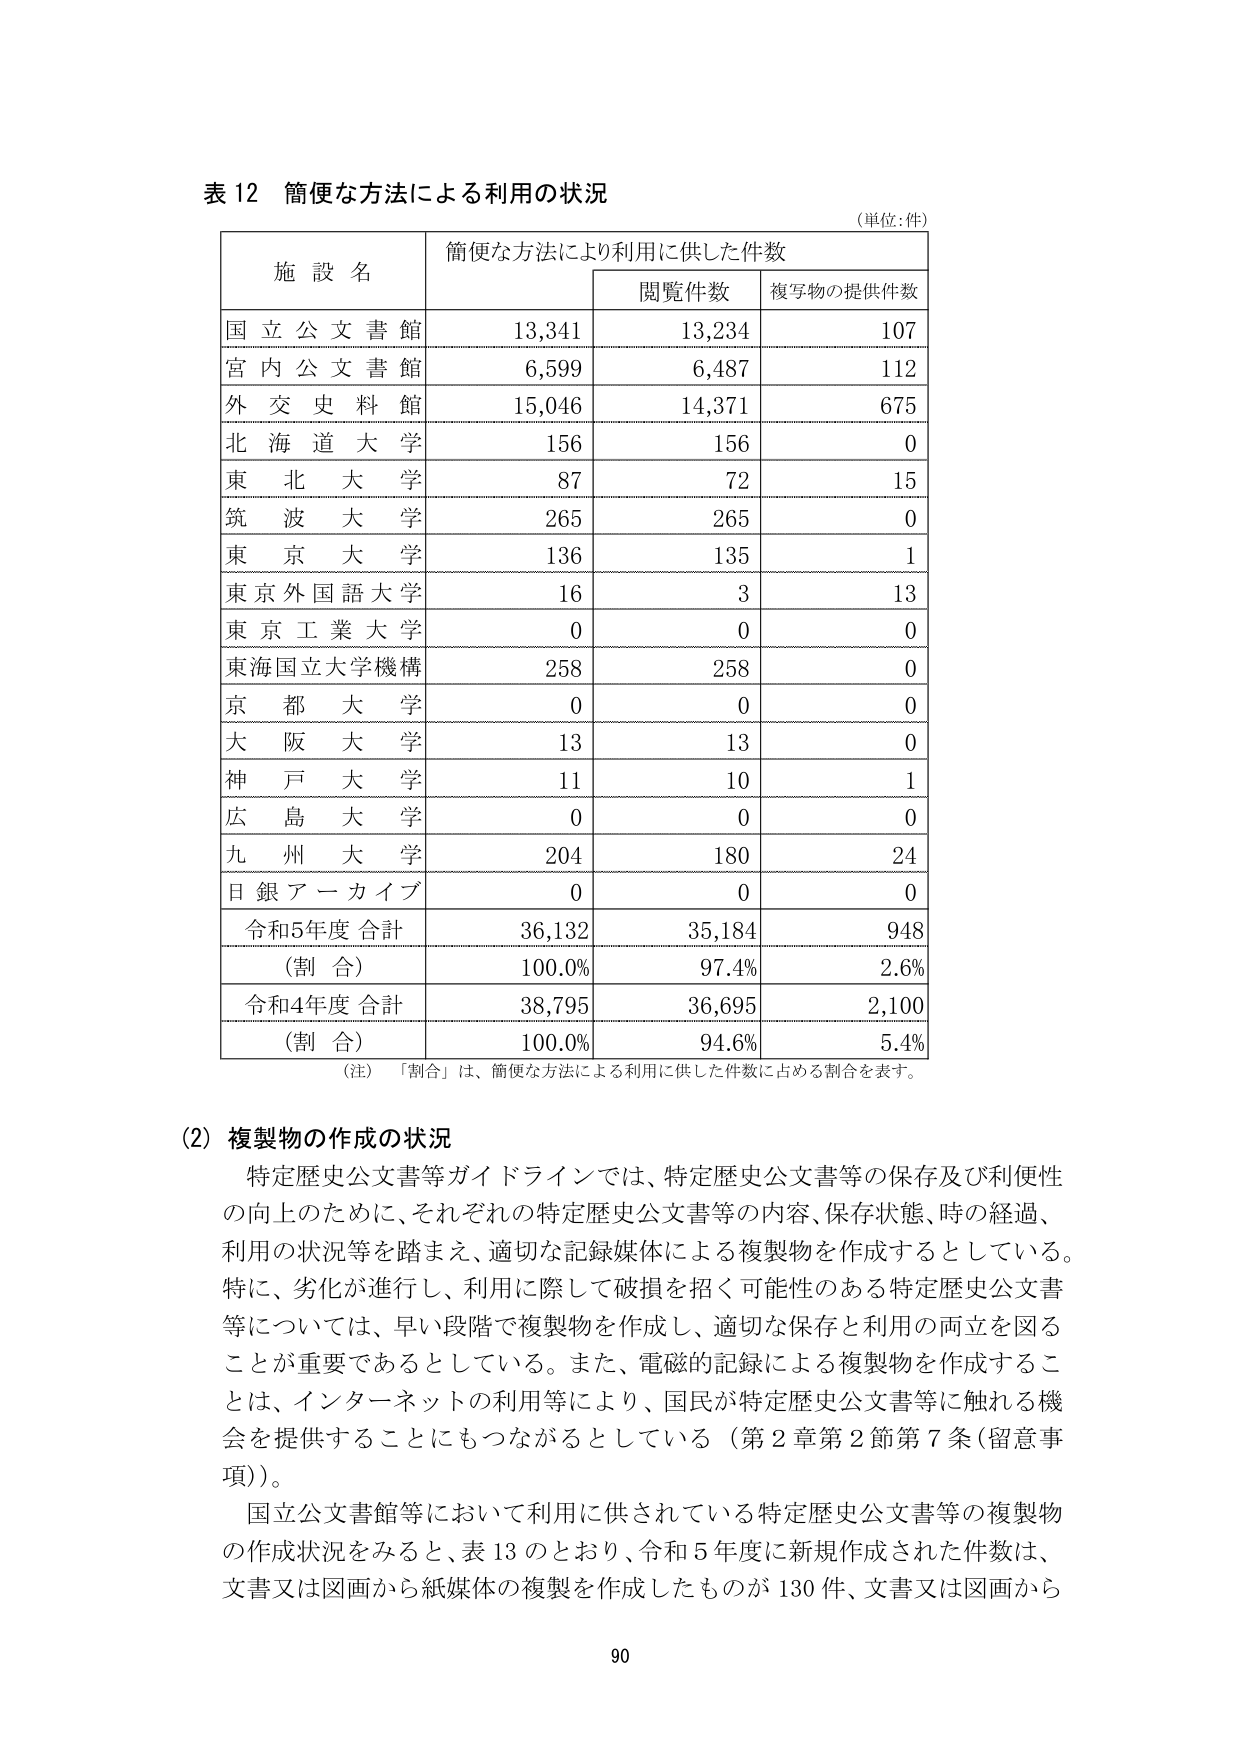
表 12 簡便な方法による利用の状況
（単位：件）

施設名　　簡便な方法により利用に供した件数
　　　　　　閲覧件数　　複写物の提供件数

国立公文書館　　13,341　　13,234　　107
宮内公文書館　　6,599　　6,487　　112
外交史料館　　15,046　　14,371　　675
北海道大学　　156　　156　　0
東北大学　　87　　72　　15
筑波大学　　265　　265　　0
東京大学　　136　　135　　1
東京外国語大学　　16　　3　　13
東京工業大学　　0　　0　　0
東海国立大学機構　　258　　258　　0
京都大学　　0　　0　　0
大阪大学　　13　　13　　0
神戸大学　　11　　10　　1
広島大学　　0　　0　　0
九州大学　　204　　180　　24
日銀アーカイブ　　0　　0　　0

令和5年度 合計　　36,132　　35,184　　948
（割合）　　100.0%　　97.4%　　2.6%
令和4年度 合計　　38,795　　36,695　　2,100
（割合）　　100.0%　　94.6%　　5.4%

（注）「割合」は、簡便な方法による利用に供した件数に占める割合を表す。

（2）複製物の作成の状況
　特定歴史公文書等ガイドラインでは、特定歴史公文書等の保存及び利便性の向上のために、それぞれの特定歴史公文書等の内容、保存状態、時の経過、利用の状況等を踏まえ、適切な記録媒体による複製物を作成するとしている。特に、劣化が進行し、利用に際して破損を招く可能性のある特定歴史公文書等については、早い段階で複製物を作成し、適切な保存と利用の両立を図ることが重要であるとしている。また、電磁的記録による複製物を作成することは、インターネットの利用等により、国民が特定歴史公文書等に触れる機会を提供することにもつながるとしている（第2章第2節第7条（留意事項））。
　国立公文書館等において利用に供されている特定歴史公文書等の複製物の作成状況をみると、表13のとおり、令和5年度に新規作成された件数は、文書又は図画から紙媒体の複製を作成したものが130件、文書又は図画から

90